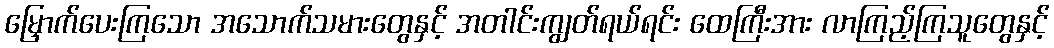
မြှောက်ပေးကြသော အသောက်သမားတွေနှင့် အတါင်းကျွတ်ရယ်ရင်း ထေကြီးအား လာကြည့်ကြသူတွေနှင့်